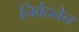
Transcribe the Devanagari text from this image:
निर्वेदनेन